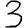
Digit: 3